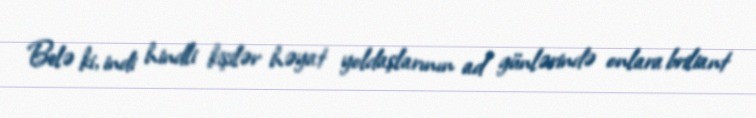
Belə ki, indi hindli kişilər həyat yoldaşlarının ad günlərində onlara briliant